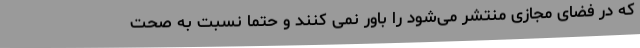
که در فضای مجازی منتشر می‌شود را باور نمی کنند و حتماً نسبت به صحت